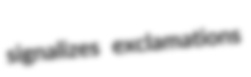
signalizes exclamations